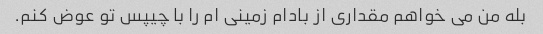
بله من می خواهم مقداری از بادام زمینی ام را با چیپس تو عوض کنم.